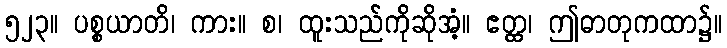
၅၂၃။ ပစ္စယာတိ၊ ကား။ စ၊ ထူးသည်ကိုဆိုအံ့။ ဧတ္ထ၊ ဤဓာတုကထာ၌။